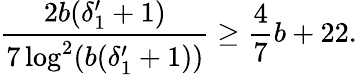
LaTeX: \frac{2b(\delta_{1}^{\prime}+1)}{7\log^{2}(b(\delta_{1}^{\prime}+1))}\geq\frac{4}{7}b+22.